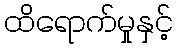
ထိရောက်မှုနှင့်